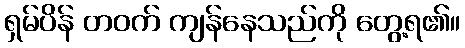
ရှမ်ပိန် တဝက် ကျန်နေသည်ကို တွေ့ရ၏။